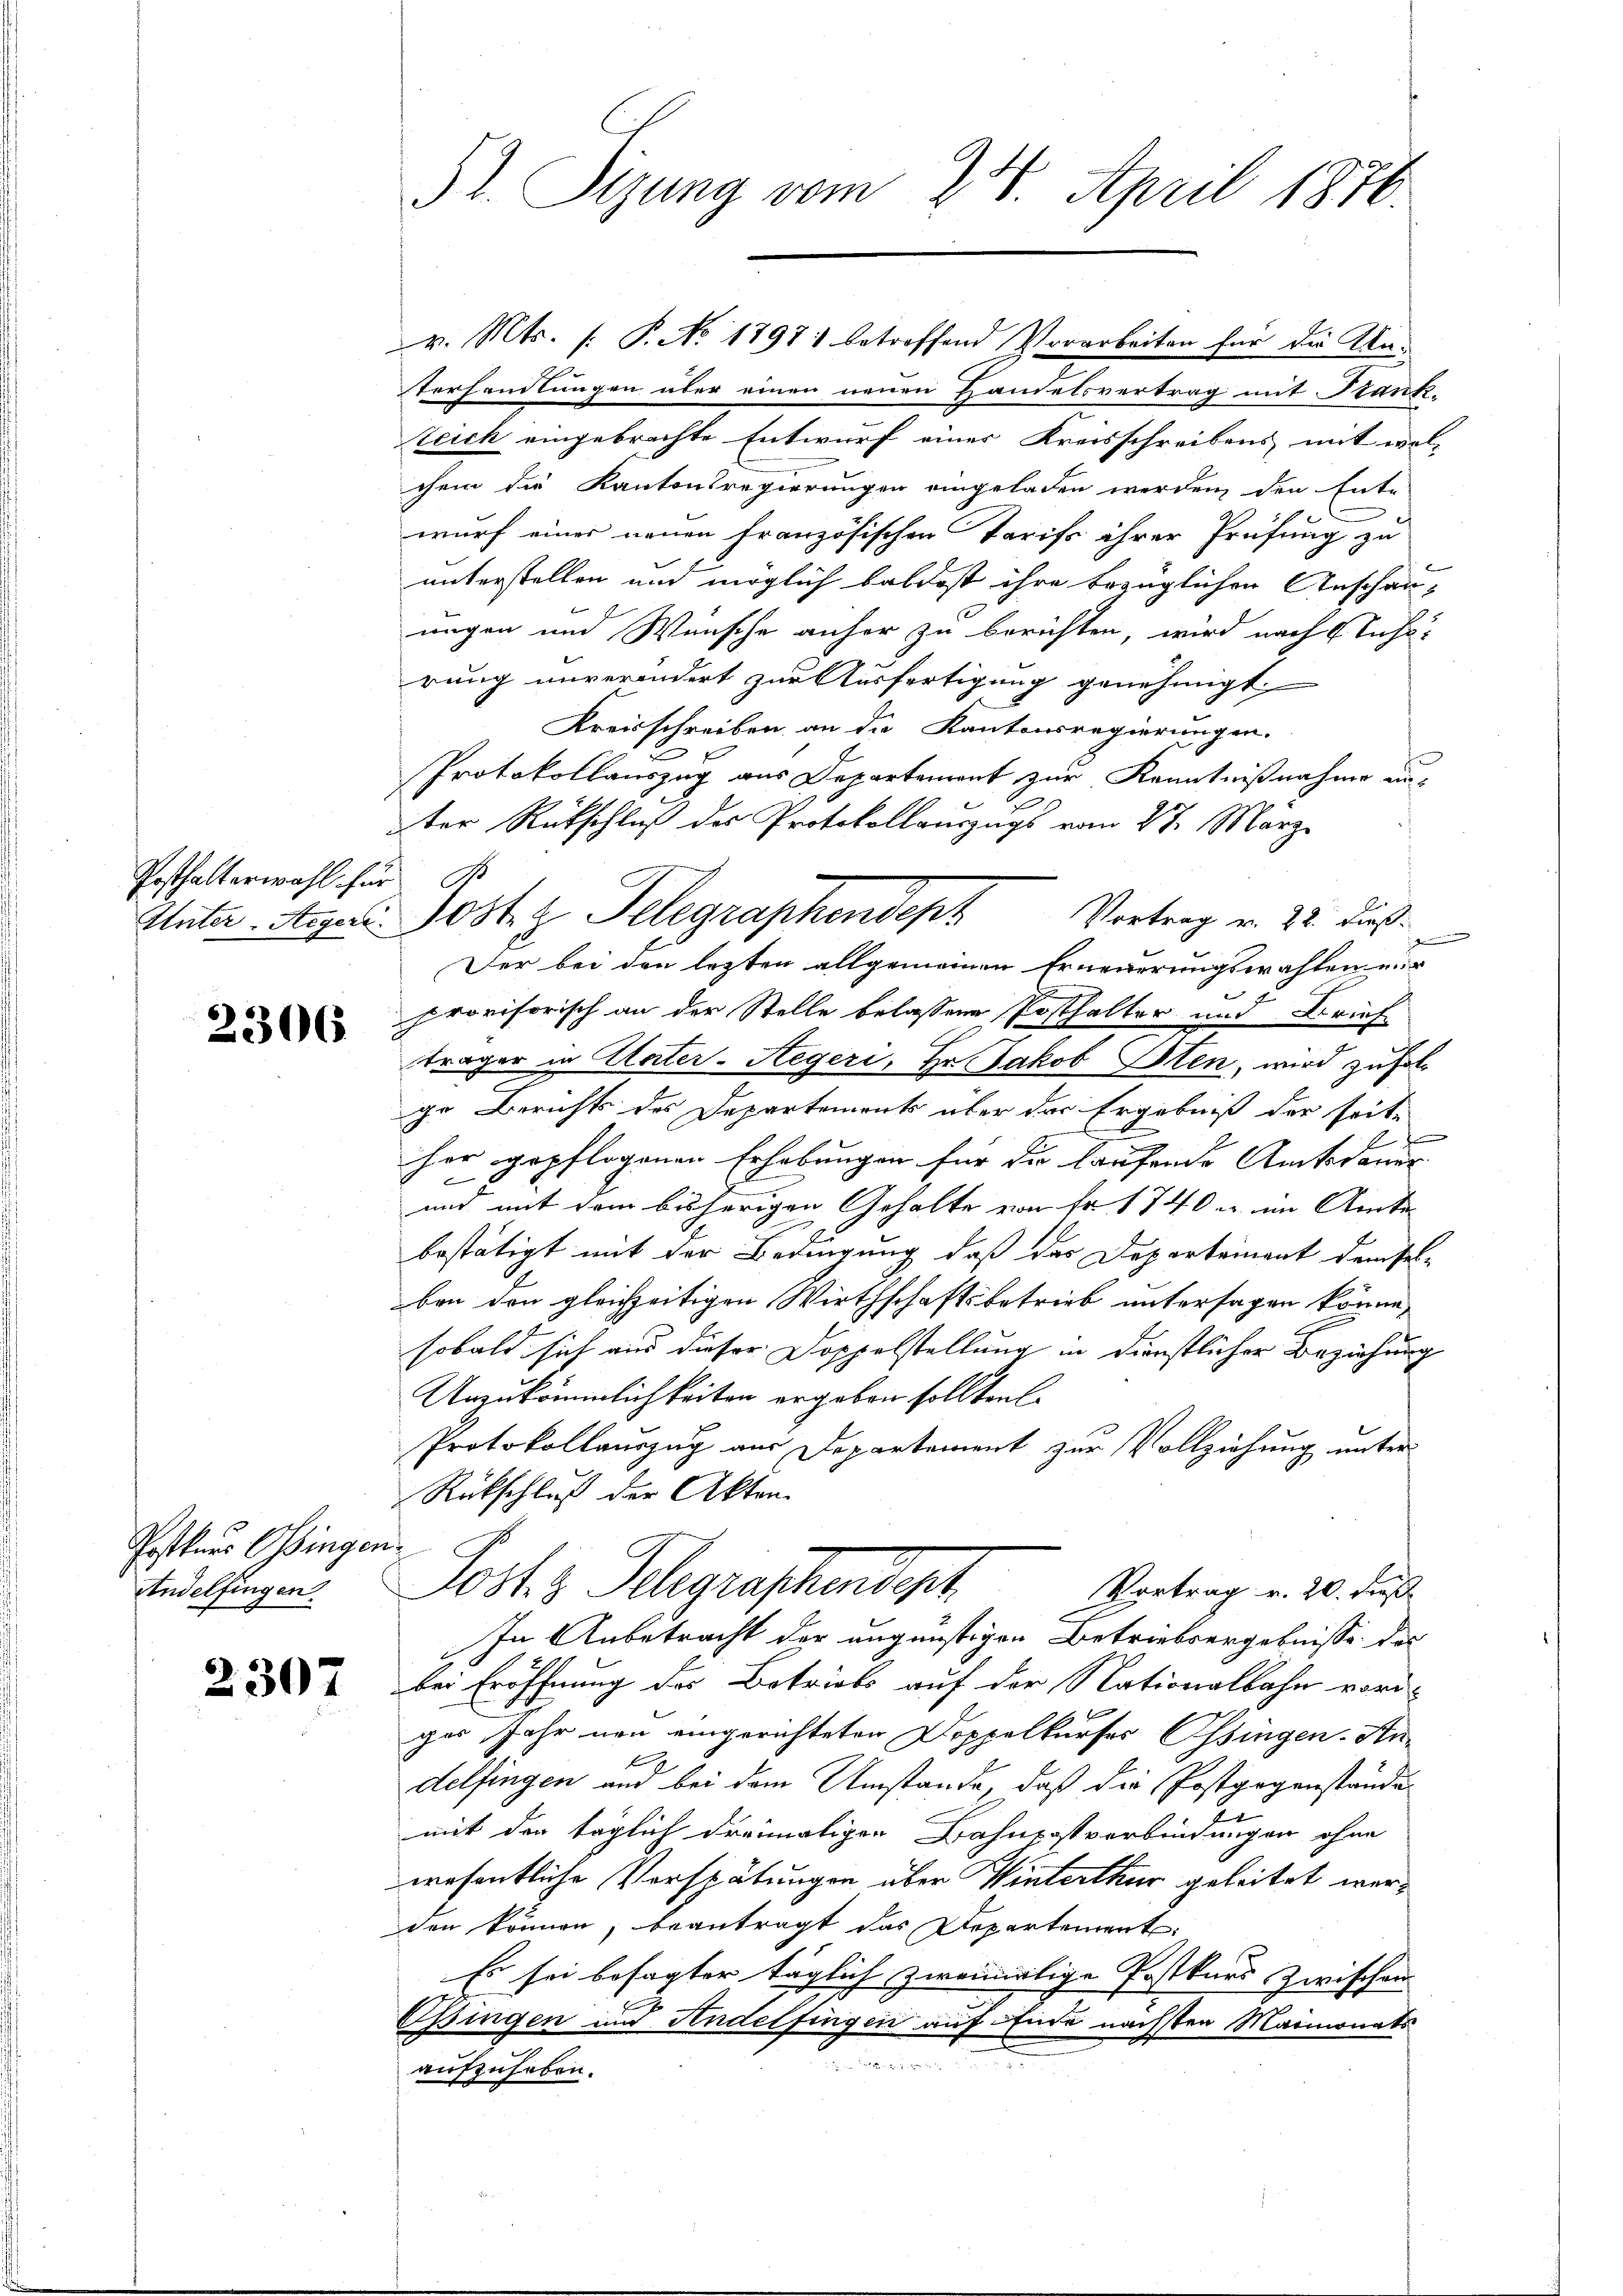
Posthalterwahl für d

2306

Postkurs Ossinger
Andelfingen

2307

St. Sizung vom 24. April 1876.

v. Mts. f. P. No 1797. betreffend Vorarbeiten für die Akaterhandlungen über einen neuen Handelsvertrag mit Frank.
Zeich eingebrachte Entwurf einer Kreisschreibens mit wolchem die Kantonsregierungen eingeladen werden, den Ent-
wurf einer neuen französischen Tarifs ihrer Prüfung zu
unterstellen und möglich baldest ihre bezüglichen Anschau-
ungen und Wünsche anher zu berichten, wird nach Anhörung unverändert zur Ausfertigung genehmigt.
Kreisschreiben an die Kantonsregierungen.
Protokollauszug aus Departement zur Kenntnißnahme anter Rückschluß des Protokollauszugs vom 27. März
e
Der bei den lezten allgemeinen Erneuerungswahlen nur
provisorisch an der Stelle belassene Posthalter und Brief
träger in Vater-Aegeri, Hr. Jakob Sten, wird zufolge Berichts des Departement über der Ergebniß der seite
her gepflogenen Erhebungen für die laufende Amtsdauer- |
und mit dem bisherigen Gehalte von Fr. 1740 u. im Amte
bestätigt mit der Bedingung, daß das Departement demsel-
ben den gleichzeitigen Wirthschaftsbetrieb untersagen könne,
sobald sich aus dieser Doppelstellung in Dienstlicher Beziehung
Unzukömmlichkeiten ergeben sollten
Protokollauszug aus Departement zur Vollziehung unter
Rückschluß der Akten.
f
Josts Schgraschendet.
Vortrag v. 20. Fuß
In Anbetracht der ungünstigen Betriebsergebnisse des
bei Eröffnung des Betriebs auf der Nationalbahn voriges Jahr neu eingerichteten Doppelkurses Ossingen. An-
delfingen und bei dem Umstände, daß die Postgegenstände
e
mit der täglich dreimatigen Bahnpostverbindungen ohne
wesentliche Verspätungen über Winterthur geleitet werden können, beantragt das Departement
Es sei besagter täglich zweimalige Postkurs zwischen
Ossingen und Andelfingen auf Ende nächsten Maimonats
r
aufzuheben.

Unter-Aeger Osten Telegraphendept Vortrag v. 22. dieß